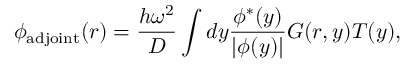
\phi _ { \mathrm { a d j o i n t } } ( \boldsymbol { r } ) = \frac { h \omega ^ { 2 } } { D } \int d y \frac { \phi ^ { * } ( y ) } { | \phi ( y ) | } G ( \boldsymbol { r } , y ) T ( y ) ,